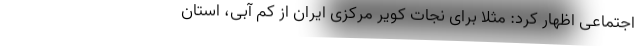
اجتماعی اظهار کرد: مثلاً برای نجات کویر مرکزی ایران از کم آبی، استان